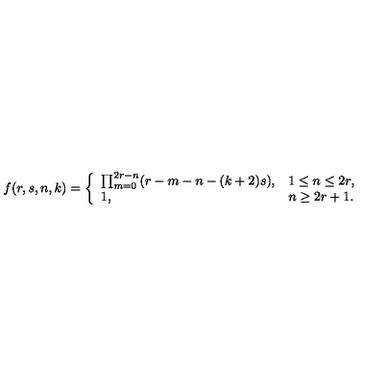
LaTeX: f ( r , s , n , k ) = \left\{ \begin{array} { l l } { \prod _ { m = 0 } ^ { 2 r - n } ( r - m - n - ( k + 2 ) s ) , } & { 1 \leq n \leq 2 r , } \\ { 1 , } & { n \geq 2 r + 1 . } \\ \end{array} \right.